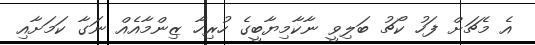
އެ މެޗަށް ފަހު ކޯޗު ބަލިވީ ނާކާމިޔާބީގެ ހުރިހާ ޒިންމާއެއް ނަގާ ކަމަށާއި